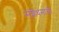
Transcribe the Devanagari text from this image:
संशेधनाची